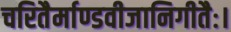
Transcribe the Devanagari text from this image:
चरितैर्माण्डवीजानिगीतैः।